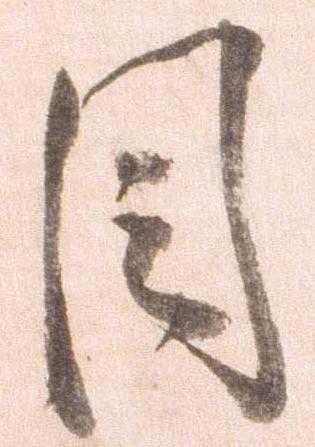
目